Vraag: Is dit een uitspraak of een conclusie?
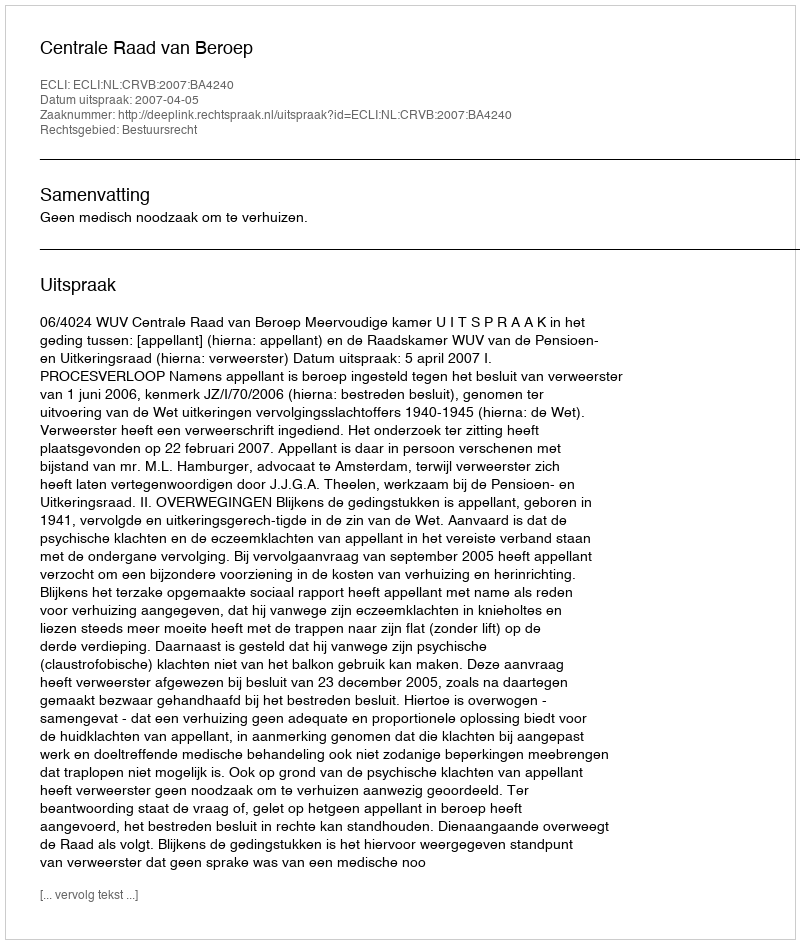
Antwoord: Uitspraak